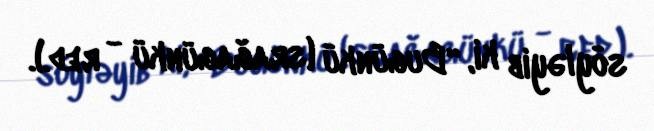
söyləyib ki, “Bugünkü (srağagünkü - red.).